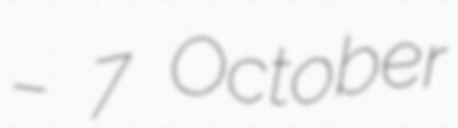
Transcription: – 7 October